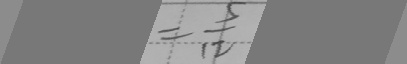
= \frac { 5 } { 1 2 }